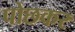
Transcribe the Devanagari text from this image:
पोछकर